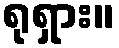
ရုရှား။